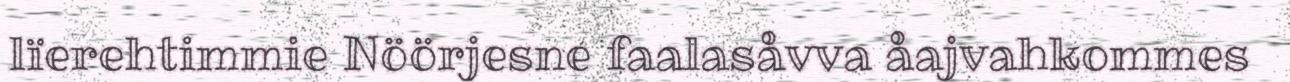
lïerehtimmie Nöörjesne faalasåvva åajvahkommes